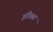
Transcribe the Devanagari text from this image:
इंडैक्स